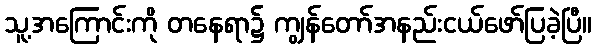
သူ့အကြောင်းကို တနေရာ၌ ကျွန်တော်အနည်းငယ်ဖော်ပြခဲ့ပြီ။